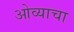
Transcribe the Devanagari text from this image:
ओव्याचा